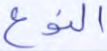
النوع